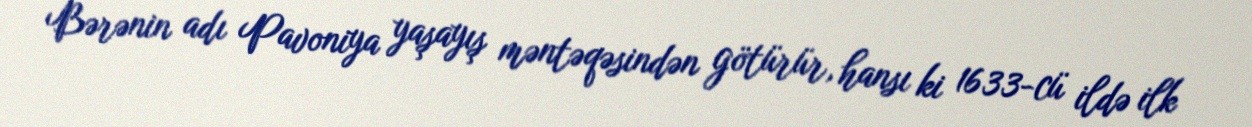
Bərənin adı Pavoniya yaşayış məntəqəsindən götürür, hansı ki 1633-cü ildə ilk